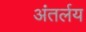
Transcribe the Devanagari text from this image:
अंतर्लय